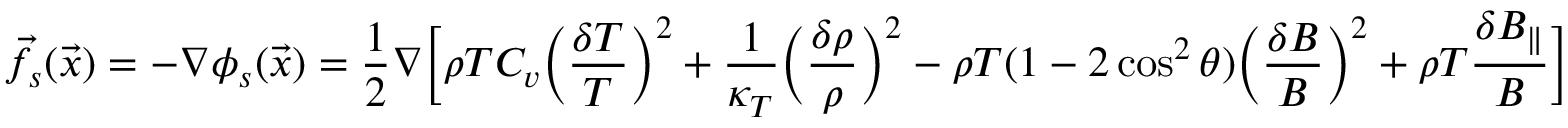
\vec { f } _ { s } ( \vec { x } ) = - \nabla \phi _ { s } ( \vec { x } ) = \frac { 1 } { 2 } \nabla \Big [ \rho T C _ { v } \Big ( \frac { \delta T } { T } \Big ) ^ { 2 } + \frac { 1 } { \kappa _ { T } } \Big ( \frac { \delta \rho } { \rho } \Big ) ^ { 2 } - \rho T ( 1 - 2 \cos ^ { 2 } \theta ) \Big ( \frac { \delta B } { B } \Big ) ^ { 2 } + \rho T \frac { \delta B _ { \| } } { B } \Big ]